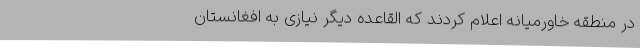
در منطقه خاورمیانه اعلام کردند که القاعده دیگر نیازی به افغانستان